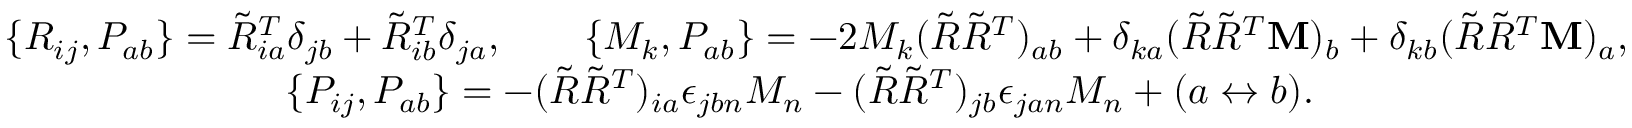
\begin{array} { r } { \{ R _ { i j } , P _ { a b } \} = \tilde { R } _ { i a } ^ { T } \delta _ { j b } + \tilde { R } _ { i b } ^ { T } \delta _ { j a } , \qquad \{ M _ { k } , P _ { a b } \} = - 2 M _ { k } ( \tilde { R } \tilde { R } ^ { T } ) _ { a b } + \delta _ { k a } ( \tilde { R } \tilde { R } ^ { T } { \bf M } ) _ { b } + \delta _ { k b } ( \tilde { R } \tilde { R } ^ { T } { \bf M } ) _ { a } , } \\ { \{ P _ { i j } , P _ { a b } \} = - ( \tilde { R } \tilde { R } ^ { T } ) _ { i a } \epsilon _ { j b n } M _ { n } - ( \tilde { R } \tilde { R } ^ { T } ) _ { j b } \epsilon _ { j a n } M _ { n } + ( a \leftrightarrow b ) . \qquad \qquad \qquad \qquad } \end{array}